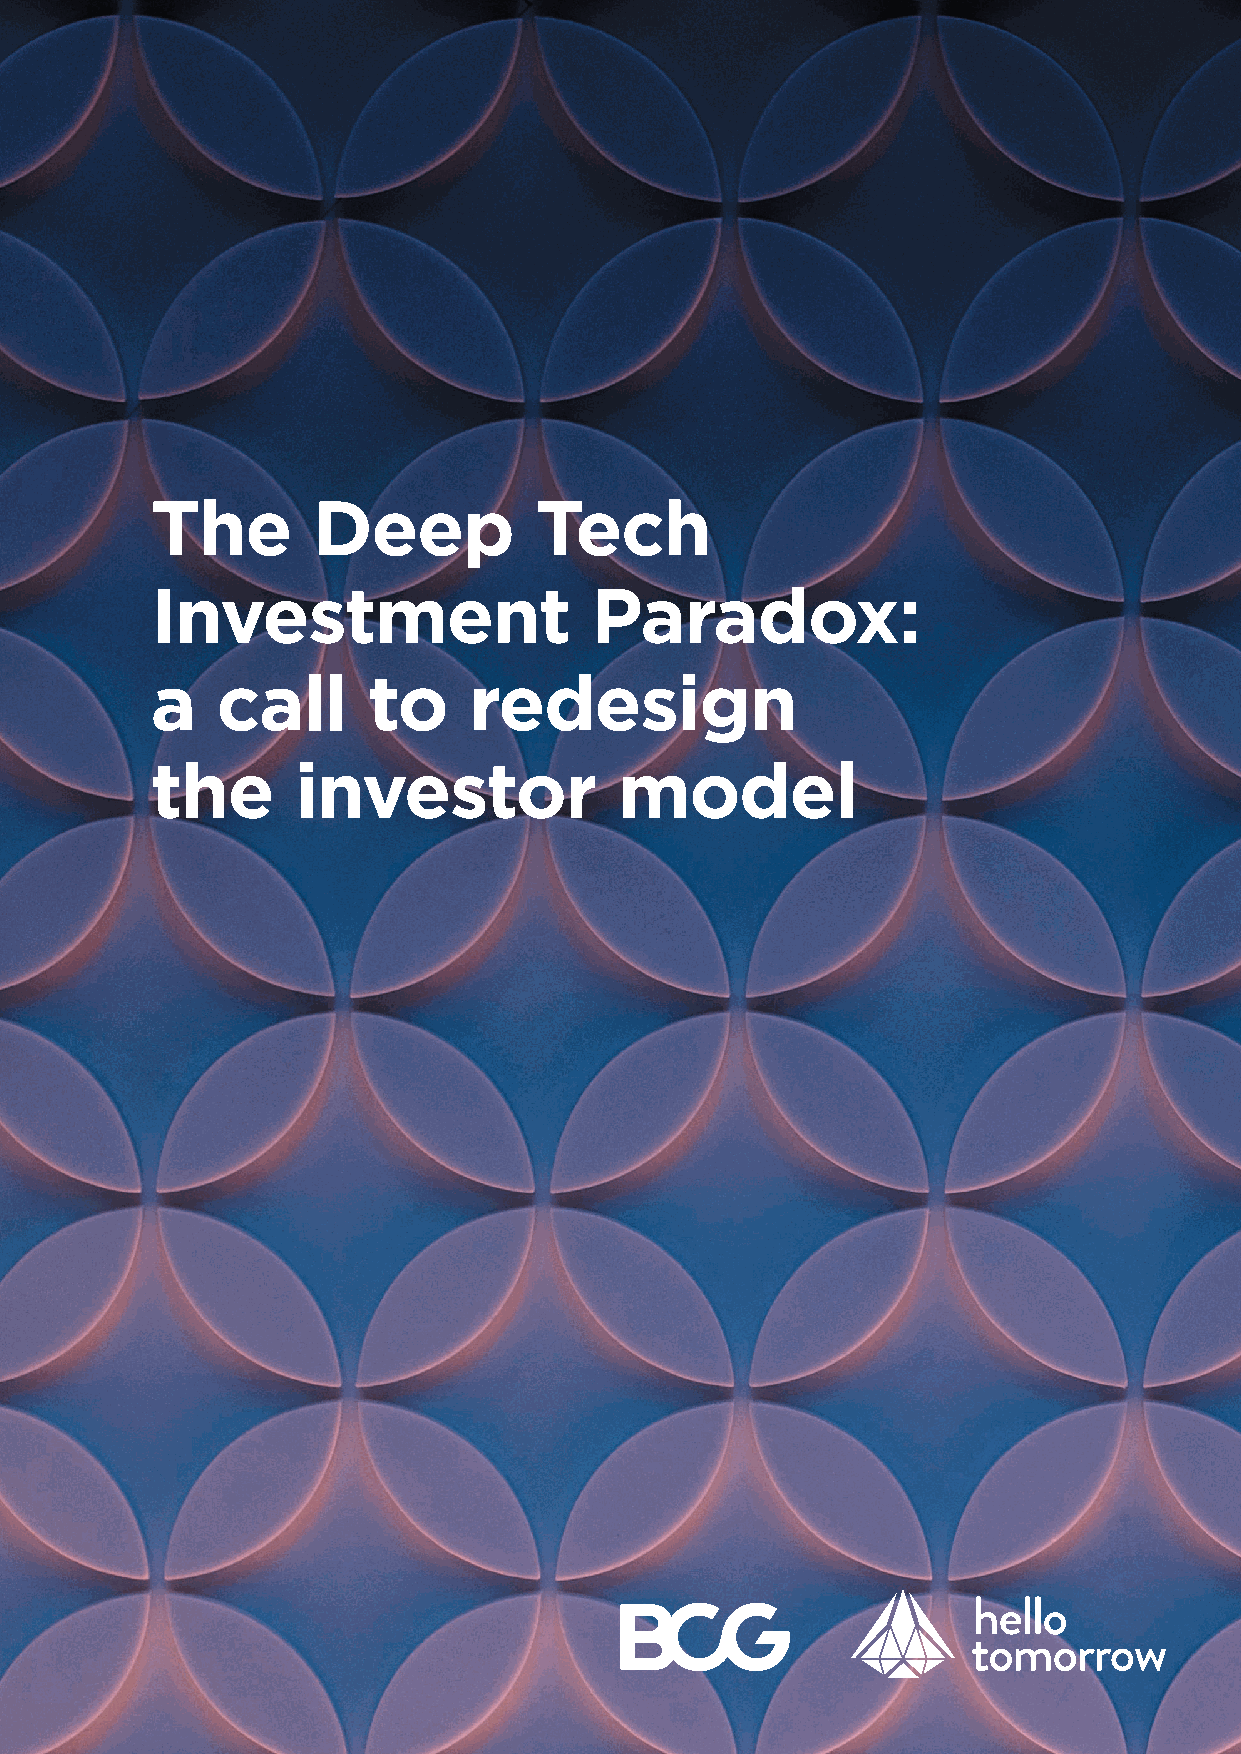
The        Deep          Tech
 Investment                   Paradox:
 a   call      to     redesign
 the       investor             model